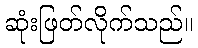
ဆုံးဖြတ်လိုက်သည်။